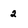
Character: 2